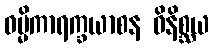
ဓမ္မိကာရက္ခယာစန ဝိနိစ္ဆယ